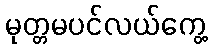
မုတ္တမပင်လယ်ကွေ့